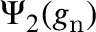
\Psi _ { 2 } ( g _ { \mathrm { n } } )